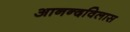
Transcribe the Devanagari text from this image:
आनन्दविलास